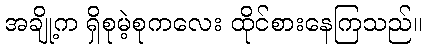
အချို့က ရှိစုမဲ့စုကလေး ထိုင်စားနေကြသည်။